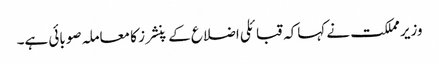
وزیر مملکت نے کہاکہ قبائلی اضلاع کے پنشرز کا معاملہ صوبائی ہے۔